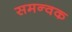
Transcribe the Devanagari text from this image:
समन्वक